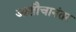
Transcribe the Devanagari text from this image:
आशौचानंतर